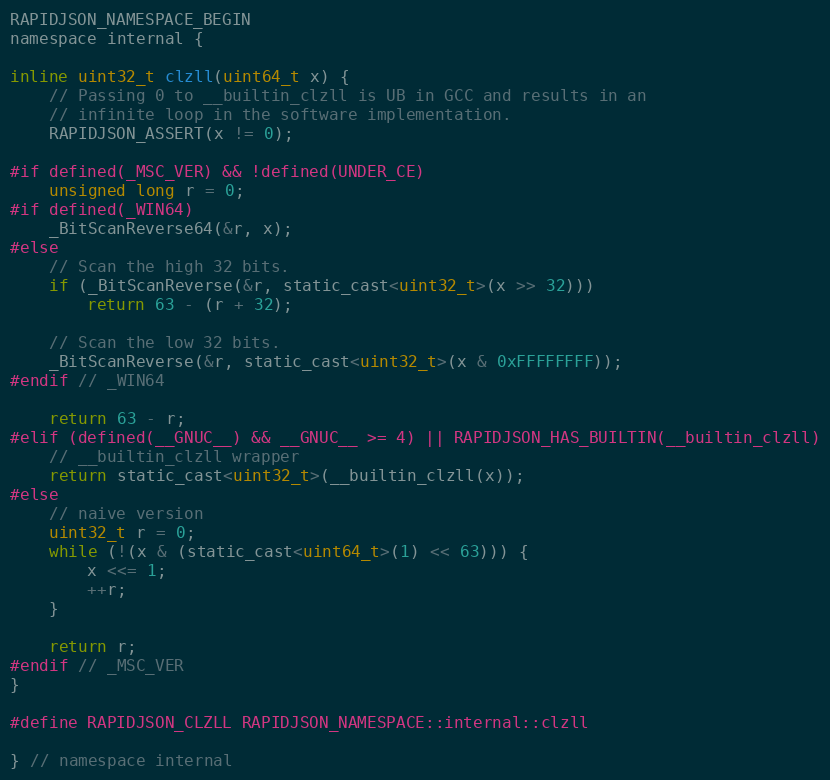
Language: C
RAPIDJSON_NAMESPACE_BEGIN
namespace internal {

inline uint32_t clzll(uint64_t x) {
    // Passing 0 to __builtin_clzll is UB in GCC and results in an
    // infinite loop in the software implementation.
    RAPIDJSON_ASSERT(x != 0);

#if defined(_MSC_VER) && !defined(UNDER_CE)
    unsigned long r = 0;
#if defined(_WIN64)
    _BitScanReverse64(&r, x);
#else
    // Scan the high 32 bits.
    if (_BitScanReverse(&r, static_cast<uint32_t>(x >> 32)))
        return 63 - (r + 32);

    // Scan the low 32 bits.
    _BitScanReverse(&r, static_cast<uint32_t>(x & 0xFFFFFFFF));
#endif // _WIN64

    return 63 - r;
#elif (defined(__GNUC__) && __GNUC__ >= 4) || RAPIDJSON_HAS_BUILTIN(__builtin_clzll)
    // __builtin_clzll wrapper
    return static_cast<uint32_t>(__builtin_clzll(x));
#else
    // naive version
    uint32_t r = 0;
    while (!(x & (static_cast<uint64_t>(1) << 63))) {
        x <<= 1;
        ++r;
    }

    return r;
#endif // _MSC_VER
}

#define RAPIDJSON_CLZLL RAPIDJSON_NAMESPACE::internal::clzll

} // namespace internal